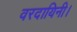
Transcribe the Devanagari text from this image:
वरदायिनी।